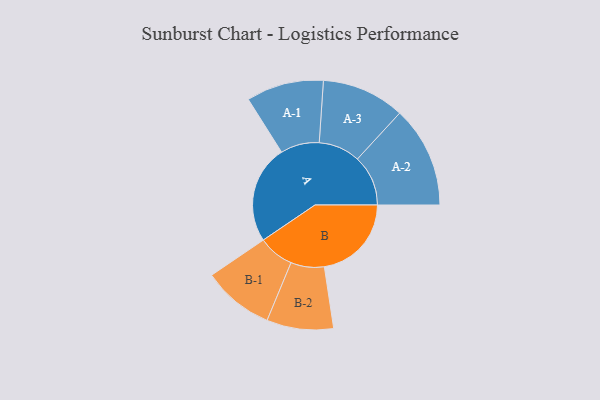
{"axis": {"x": "Segment", "y": "Value"}, "legend": ["", "A", "B"], "data": [{"x": "A", "y": 386, "type": ""}, {"x": "B", "y": 342, "type": ""}, {"x": "A-1", "y": 152, "type": "A"}, {"x": "A-2", "y": 199, "type": "A"}, {"x": "A-3", "y": 163, "type": "A"}, {"x": "B-1", "y": 140, "type": "B"}, {"x": "B-2", "y": 131, "type": "B"}]}